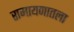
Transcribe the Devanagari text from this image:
रामायणातला